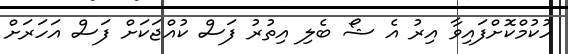
ހުކުމްކޮށްފައިވާ އިރު އެ ޝޯ ބެލި އިތުރު ފަސް ކުއްޖަކަށް ފަސް އަހަރަށް